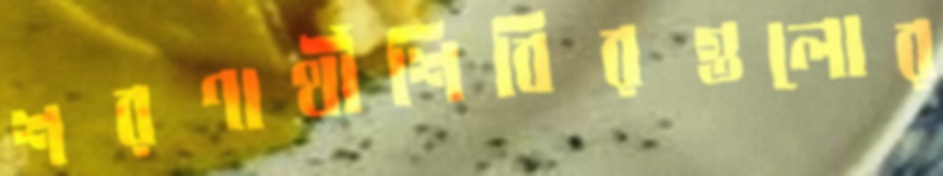
শরণার্থীশিবিরগুলোর